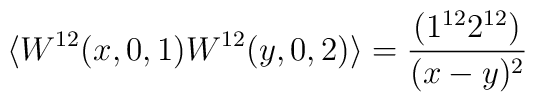
\langle W^{12}(x,0,1) W^{12}(y,0,2)\rangle = \frac{(1^{12}2^{12})}{  (x-y)^2}